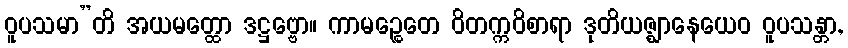
ဝူပသမာ”တိ အယမတ္ထော ဒဋ္ဌဗ္ဗော။ ကာမဉ္စေတေ ဝိတက္ကဝိစာရာ ဒုတိယဇ္ဈာနေယေဝ ဝူပသန္တာ,